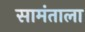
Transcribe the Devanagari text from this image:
सामंताला